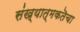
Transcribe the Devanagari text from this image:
संख्यात्मकतॆचा